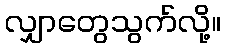
လျှာတွေသွက်လို့။